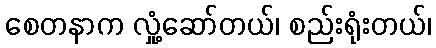
စေတနာက လှုံ့ဆော်တယ်၊ စည်းရုံးတယ်၊